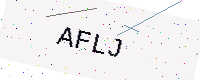
Text: AFLJ